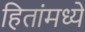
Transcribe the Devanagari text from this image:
हितांमध्ये